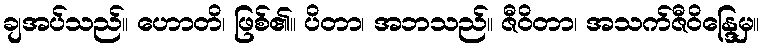
ချအပ်သည်။ ဟောတိ၊ ဖြစ်၏။ ပိတာ၊ အဘသည်။ ဇီဝိတာ၊ အသက်ဇီဝိန္ဒြေမှ။